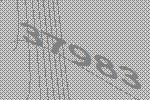
37983